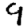
Digit: 9